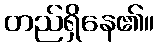
တည်ရှိနေ၏။